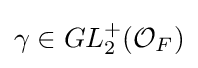
\gamma \in GL_{2}^{+}({\mathcal {O}}_{F})